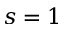
s = 1